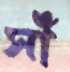
সাঁ